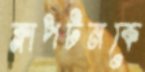
ক্লাপটনকে